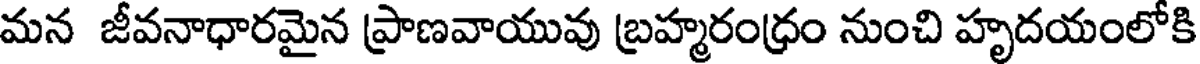
మన జీవనాధారమైన ప్రాణవాయువు బ్రహ్మరంధ్రం నుంచి హృదయంలోకి